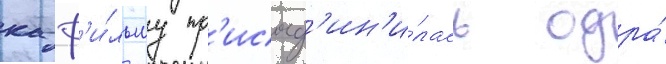
к ф'и́льму пр'исоед'ин'и́лась одра́